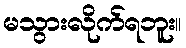
မသွားလိုက်ရဘူး။